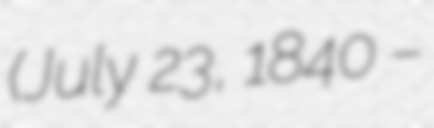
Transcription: (July 23, 1840 –